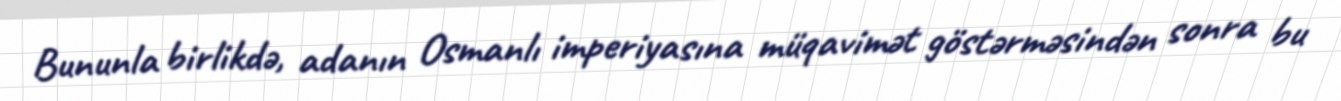
Bununla birlikdə, adanın Osmanlı imperiyasına müqavimət göstərməsindən sonra bu